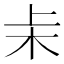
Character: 𬂞